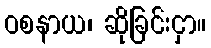
ဝစနာယ၊ ဆိုခြင်းငှာ။